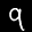
Digit: 9